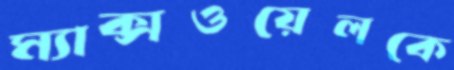
ম্যাক্সওয়েলকে